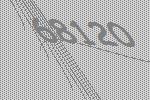
68120